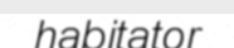
habitator